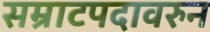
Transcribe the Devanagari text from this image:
सम्राटपदावरुन